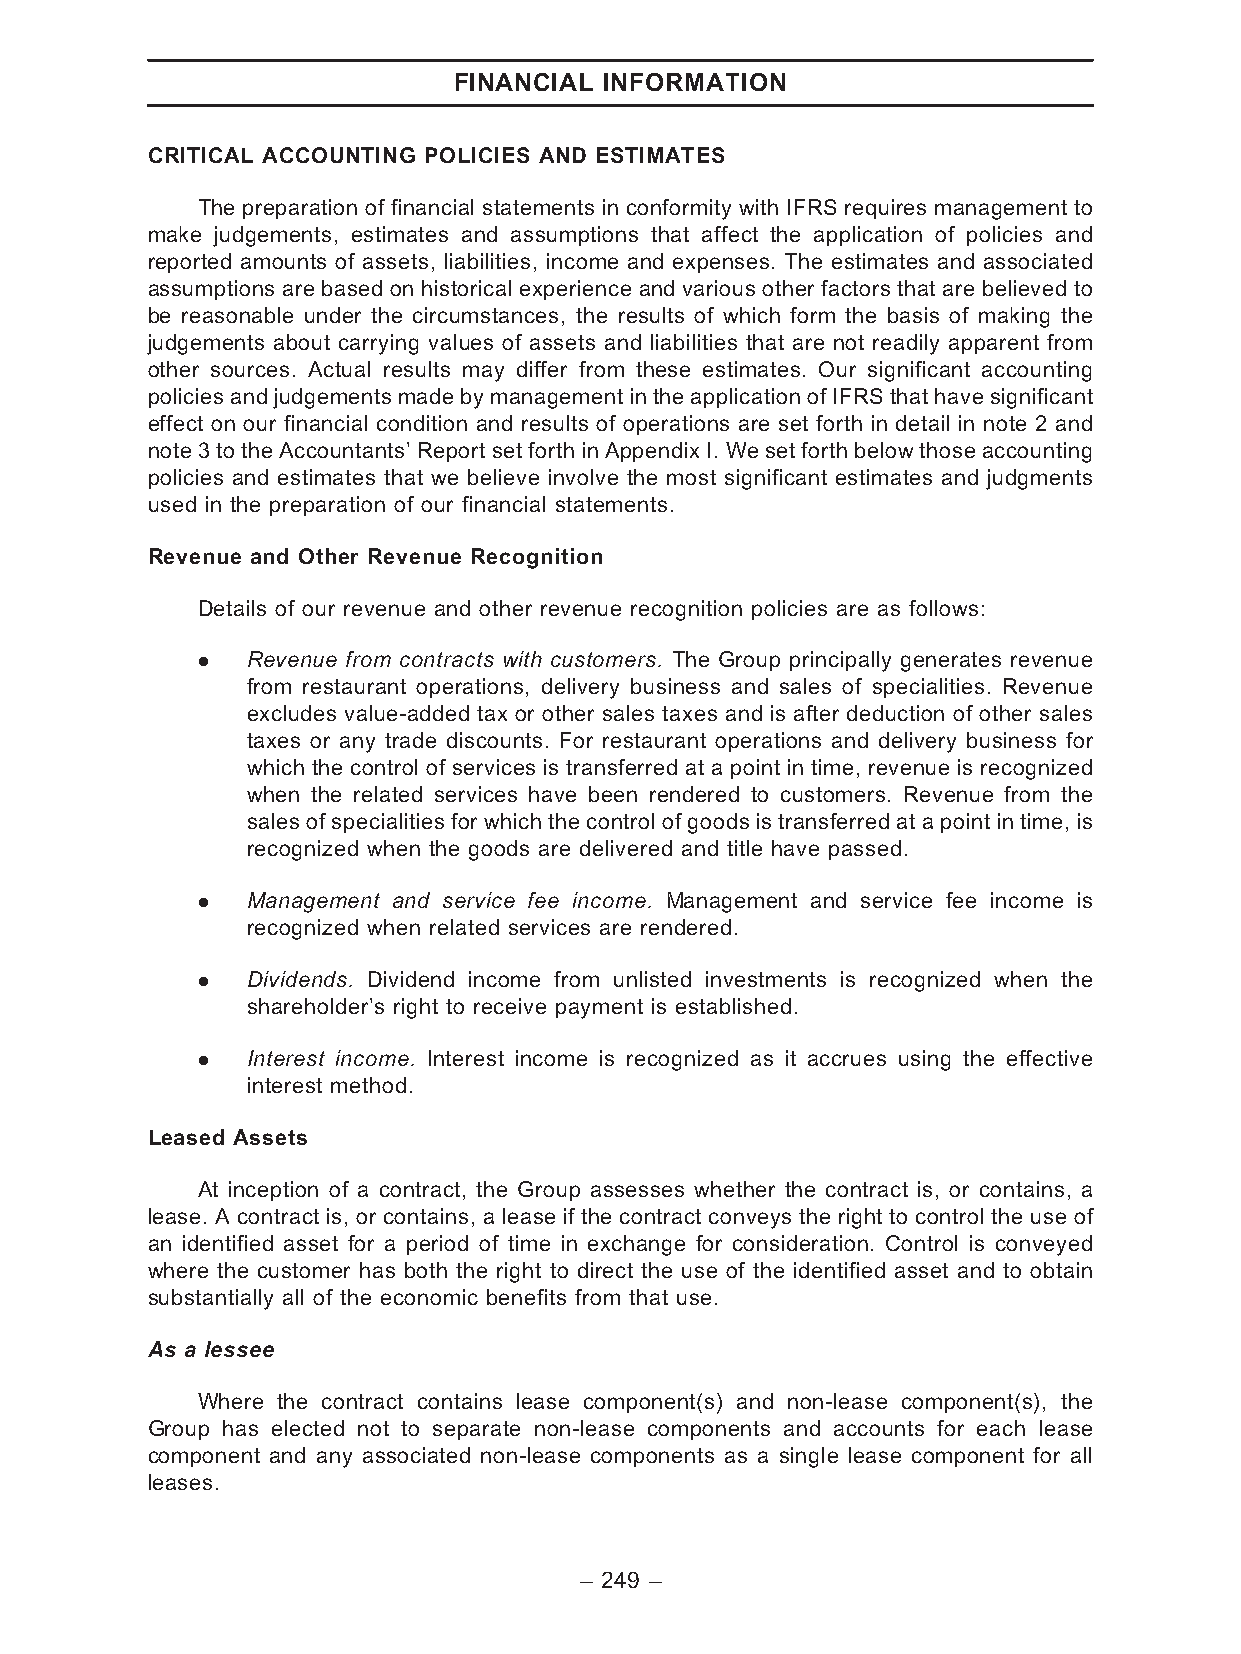
FINANCIAL INFORMATION
 CRITICAL ACCOUNTING POLICIES AND ESTIMATES
 The preparation of financial statements in conformity with IFRS requires management to
 make judgements, estimates and assumptions that affect the application of policies and
 reported amounts of assets, liabilities, income and expenses. The estimates and associated
 assumptions are based on historical experience and various other factors that are believed to
 be reasonable under the circumstances, the results of which form the basis of making the
 judgements about carrying values of assets and liabilities that are not readily apparent from
 other sources. Actual results may differ from these estimates. Our significant accounting
 policiesand judgementsmade bymanagement in the applicationof IFRS that have significant
 effect on our financial condition and results of operations are set forth in detail in note 2 and
 note 3 to the Accountants’ Report set forth in Appendix I. We set forth below those accounting
 policies and estimates that we believe involve the most significant estimates and judgments
 used in the preparation of our financial statements.
 Revenue and Other Revenue Recognition
 Details of our revenue and other revenue recognition policies are as follows:
 .  Revenue from contracts with customers. The Group principally generates revenue
 from restaurant operations, delivery business and sales of specialities. Revenue
 excludes value-added tax or other sales taxes and is after deduction of other sales
 taxes or any trade discounts. For restaurant operations and delivery business for
 which the control of services is transferred at a point in time, revenue is recognized
 when the related services have been rendered to customers. Revenue from the
 sales of specialities for which the control of goods is transferred at a point in time, is
 recognized when the goods are delivered and title have passed.
 .  Management and service fee income. Management and service fee income is
 recognized when related services are rendered.
 .  Dividends. Dividend income from unlisted investments is recognized when the
 shareholder’s right to receive payment is established.
 .  Interest income. Interest income is recognized as it accrues using the effective
 interest method.
 Leased Assets
 At inception of a contract, the Group assesses whether the contract is, or contains, a
 lease. A contract is, or contains, a lease if the contract conveys the right to control the use of
 an identified asset for a period of time in exchange for consideration. Control is conveyed
 where the customer has both the right to direct the use of the identified asset and to obtain
 substantially all of the economic benefits from that use.
 As a lessee
 Where the contract contains lease component(s) and non-lease component(s), the
 Group has elected not to separate non-lease components and accounts for each lease
 component and any associated non-lease components as a single lease component for all
 leases.
 – 249 –